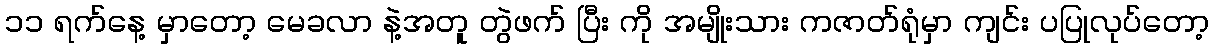
၁၁ ရက်နေ့ မှာတော့ မေခလာ နဲ့အတူ တွဲဖက် ပြီး ကို အမျိုးသား ကဇာတ်ရုံမှာ ကျင်း ပပြုလုပ်တော့